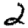
Digit: 2